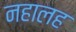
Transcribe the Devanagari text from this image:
नहालह